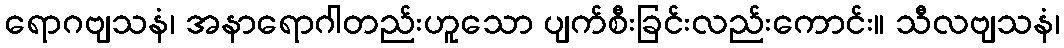
ရောဂဗျသနံ၊ အနာရောဂါတည်းဟူသော ပျက်စီးခြင်းလည်းကောင်း။ သီလဗျသနံ၊